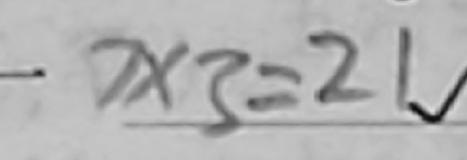
- 7 \times 3 = 2 1